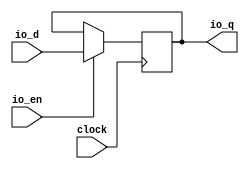
module ClockCrossingReg_w55( // @[:freechips.rocketchip.system.DefaultRV32Config.fir@168851.2]
  input         clock, // @[:freechips.rocketchip.system.DefaultRV32Config.fir@168852.4]
  input  [54:0] io_d, // @[:freechips.rocketchip.system.DefaultRV32Config.fir@168854.4]
  output [54:0] io_q, // @[:freechips.rocketchip.system.DefaultRV32Config.fir@168854.4]
  input         io_en // @[:freechips.rocketchip.system.DefaultRV32Config.fir@168854.4]
);
`ifdef RANDOMIZE_REG_INIT
  reg [63:0] _RAND_0;
`endif // RANDOMIZE_REG_INIT
  reg [54:0] cdc_reg; // @[Reg.scala 15:16:freechips.rocketchip.system.DefaultRV32Config.fir@168856.4]
  assign io_q = cdc_reg; // @[SynchronizerReg.scala 192:8:freechips.rocketchip.system.DefaultRV32Config.fir@168860.4]
`ifdef RANDOMIZE_GARBAGE_ASSIGN
`define RANDOMIZE
`endif
`ifdef RANDOMIZE_INVALID_ASSIGN
`define RANDOMIZE
`endif
`ifdef RANDOMIZE_REG_INIT
`define RANDOMIZE
`endif
`ifdef RANDOMIZE_MEM_INIT
`define RANDOMIZE
`endif
`ifndef RANDOM
`define RANDOM $random
`endif
`ifdef RANDOMIZE_MEM_INIT
  integer initvar;
`endif
`ifndef SYNTHESIS
`ifdef FIRRTL_BEFORE_INITIAL
`FIRRTL_BEFORE_INITIAL
`endif
initial begin
  `ifdef RANDOMIZE
    `ifdef INIT_RANDOM
      `INIT_RANDOM
    `endif
    `ifndef VERILATOR
      `ifdef RANDOMIZE_DELAY
        #`RANDOMIZE_DELAY begin end
      `else
        #0.002 begin end
      `endif
    `endif
`ifdef RANDOMIZE_REG_INIT
  _RAND_0 = {2{`RANDOM}};
  cdc_reg = _RAND_0[54:0];
`endif // RANDOMIZE_REG_INIT
  `endif // RANDOMIZE
end // initial
`ifdef FIRRTL_AFTER_INITIAL
`FIRRTL_AFTER_INITIAL
`endif
`endif // SYNTHESIS
  always @(posedge clock) begin
    if (io_en) begin
      cdc_reg <= io_d;
    end
  end
endmodule